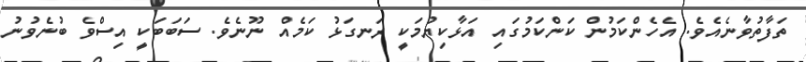
ތަފާތުވާނެއެވެ. އެހެންކަމުން ކަންކަމުގައި އަޅާކިޔުމަކީ ރަނގަޅު ކަމެއް ނޫނެވެ. ސަބަބަކީ އިސްވެ ބުނެވުނު